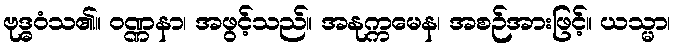
ဗုဒ္ဓဝံသ၏။ ဝဏ္ဏနာ၊ အဖွင့်သည်။ အနုက္ကမေန၊ အစဉ်အားဖြင့်။ ယသ္မာ၊